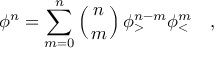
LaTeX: \phi ^ { n } = \sum _ { m = 0 } ^ { n } \left( { n \atop m } \right) \phi _ { > } ^ { n - m } \phi _ { < } ^ { m } \quad ,